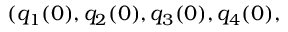
( q _ { 1 } ( 0 ) , q _ { 2 } ( 0 ) , q _ { 3 } ( 0 ) , q _ { 4 } ( 0 ) ,